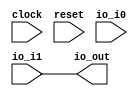
module Switch(
    input clock,
    input reset,
    input [1:0] io_i0,
    input io_i1,
    output io_out
);
    wire [4:0] inst_valid_num_nxt;
    wire [4:0] inst_valid_num;
    wire _T_14;
    EQ_UNSIGNED #(.width(2)) u_eq_1 (
        .y(_T_14),
        .a(2'h0),
        .b(io_i0)
    );
    wire _T_17;
    EQ_UNSIGNED #(.width(2)) u_eq_2 (
        .y(_T_17),
        .a(2'h1),
        .b(io_i0)
    );
    wire [5:0] _T_19;
    SUB_UNSIGNED #(.width(5)) u_sub_3 (
        .y(_T_19),
        .a(inst_valid_num),
        .b(5'h1)
    );
    wire [5:0] _T_20;
    ASUINT #(.width(6)) asuint_4 (
        .y(_T_20),
        .in(_T_19)
    );
    wire [4:0] _T_21;
    TAIL #(.width(6), .n(1)) tail_5 (
        .y(_T_21),
        .in(_T_20)
    );
    wire _T_23;
    EQ_UNSIGNED #(.width(2)) u_eq_6 (
        .y(_T_23),
        .a(2'h2),
        .b(io_i0)
    );
    wire [5:0] _T_25;
    ADD_UNSIGNED #(.width(5)) u_add_7 (
        .y(_T_25),
        .a(inst_valid_num),
        .b(5'h1)
    );
    wire [4:0] _T_26;
    TAIL #(.width(6), .n(1)) tail_8 (
        .y(_T_26),
        .in(_T_25)
    );
    wire _T_28;
    EQ_UNSIGNED #(.width(2)) u_eq_9 (
        .y(_T_28),
        .a(2'h3),
        .b(io_i0)
    );
    wire [5:0] _T_30;
    ADD_UNSIGNED #(.width(5)) u_add_10 (
        .y(_T_30),
        .a(inst_valid_num),
        .b(5'h2)
    );
    wire [4:0] _T_31;
    TAIL #(.width(6), .n(1)) tail_11 (
        .y(_T_31),
        .in(_T_30)
    );
    wire [4:0] _node_0;
    MUX_UNSIGNED #(.width(5)) u_mux_12 (
        .y(_node_0),
        .sel(_T_28),
        .a(_T_31),
        .b(5'h0)
    );
    wire [4:0] _node_1;
    MUX_UNSIGNED #(.width(5)) u_mux_13 (
        .y(_node_1),
        .sel(_T_23),
        .a(_T_26),
        .b(_node_0)
    );
    wire [4:0] _node_2;
    MUX_UNSIGNED #(.width(5)) u_mux_14 (
        .y(_node_2),
        .sel(_T_17),
        .a(_T_21),
        .b(_node_1)
    );
    wire [4:0] inst_valid_num_d;
    assign inst_valid_num = 5'h2;
    assign inst_valid_num_d = 5'h1;
    MUX_UNSIGNED #(.width(5)) u_mux_15 (
        .y(inst_valid_num_nxt),
        .sel(_T_14),
        .a(inst_valid_num),
        .b(_node_2)
    );
    assign io_out = io_i1;
endmodule //Switch
module EQ_UNSIGNED(y, a, b);
    parameter width = 4;
    output y;
    input [width-1:0] a;
    input [width-1:0] b;
    assign y = a == b;
endmodule // EQ_UNSIGNED
module SUB_UNSIGNED(y, a, b);
    parameter width = 4;
    output [width:0] y;
    input [width-1:0] a;
    input [width-1:0] b;
    assign y = a - b;
endmodule // SUB_UNSIGNED
module ASUINT(y, in);
    parameter width = 4;
    output [width-1:0] y;
    input [width-1:0] in;
    assign y = $unsigned(in);
endmodule // ASUINT
module TAIL(y, in);
    parameter width = 4;
    parameter n = 2;
    output [width-n-1:0] y;
    input [width-1:0] in;
    assign y = in[width-n-1:0];
endmodule // TAIL
module ADD_UNSIGNED(y, a, b);
    parameter width = 4;
    output [width:0] y;
    input [width-1:0] a;
    input [width-1:0] b;
    assign y = a + b;
endmodule // ADD_UNSIGNED
module MUX_UNSIGNED(y, sel, a, b);
    parameter width = 4;
    output [width-1:0] y;
    input sel;
    input [width-1:0] a;
    input [width-1:0] b;
    assign y = sel ? a : b;
endmodule // MUX_UNSIGNED